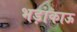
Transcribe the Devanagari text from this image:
भड़ाकाऊ